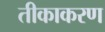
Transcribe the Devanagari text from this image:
तीकाकरण